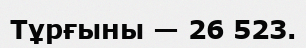
Тұрғыны — 26 523.